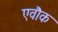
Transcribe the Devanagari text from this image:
एवौक